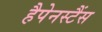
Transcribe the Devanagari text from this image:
हैपेनस्टैंस